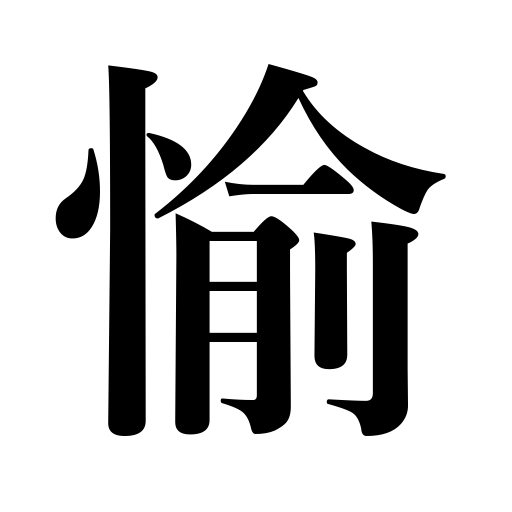
Meanings: rejoice